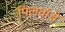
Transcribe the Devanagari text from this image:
पिलवांचे